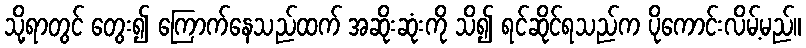
သို့ရာတွင် တွေး၍ ကြောက်နေသည်ထက် အဆိုးဆုံးကို သိ၍ ရင်ဆိုင်ရသည်က ပိုကောင်းလိမ့်မည်။